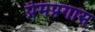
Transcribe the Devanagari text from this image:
प्रेमप्रगास